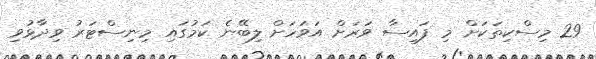
29 މިސްކިތަކަށް މި ފައިސާ ވަރަށް އަވަހަށް ލިބޭނެ ކަމުގައި މިނިސްޓަރު ވިދާޅުވި